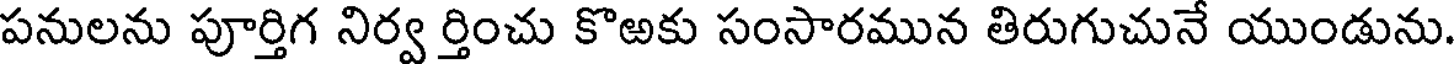
పనులను పూర్తిగ నిర్వ ర్తించు కొఱకు సంసారమున తిరుగుచునే యుండును.